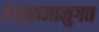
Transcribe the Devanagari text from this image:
वंशक्रमानुगत